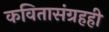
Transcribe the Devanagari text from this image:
कवितासंग्रहही